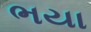
ભયા